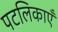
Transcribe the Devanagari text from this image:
पटलिकाएँ